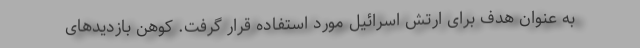
به عنوان هدف برای ارتش اسرائیل مورد استفاده قرار گرفت. کوهن بازدیدهای